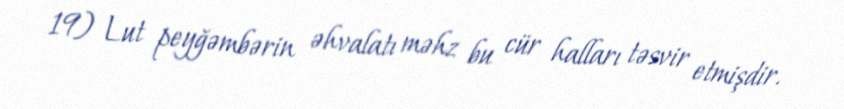
19) Lut peyğəmbərin əhvalatı məhz bu cür halları təsvir etmişdir.